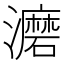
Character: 𰝮